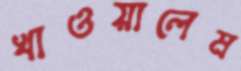
খাওয়ালেম